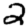
Digit: 2